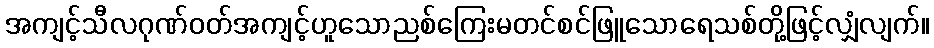
အကျင့်သီလဂုဏ်ဝတ်အကျင့်ဟူသောညစ်ကြေးမတင်စင်ဖြူသောရေသစ်တို့ဖြင့်လျှံလျက်။